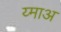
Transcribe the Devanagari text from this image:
य्माअ